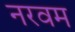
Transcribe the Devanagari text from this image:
नरवम